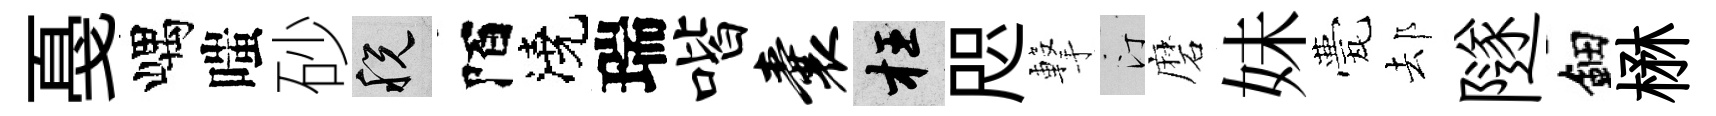
戞嵎嗤砂税陌澆瑞喈囊枉咫撃汀磨妹甍𨚫隧鈿楙